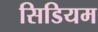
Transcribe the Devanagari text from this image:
सिडियम